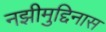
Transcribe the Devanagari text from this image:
नझीमुद्दिनास